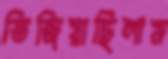
ভিজিয়াছিলাম